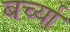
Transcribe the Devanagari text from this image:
बर्च्या